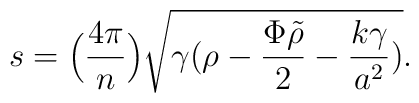
s = \Big({4 \pi\over n}\Big) \sqrt {\gamma (\rho - {\Phi \tilde \rho\over2} - {k\gamma\over {a^2}})}.